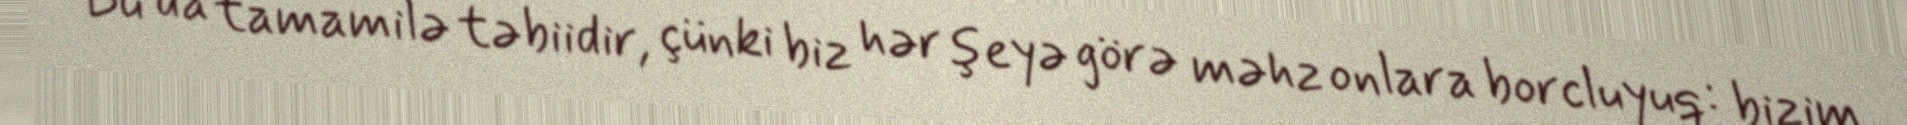
Bu da tamamilə təbiidir, çünki biz hər şeyə görə məhz onlara borcluyuq: bizim